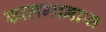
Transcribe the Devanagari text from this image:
कालमानास